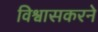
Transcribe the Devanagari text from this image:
विश्वासकरने